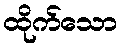
ထိုက်သော